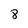
Character: 8